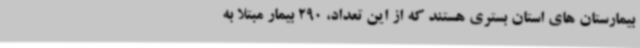
بیمارستان های استان بستری هستند که از این تعداد، 290 بیمار مبتلا به